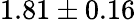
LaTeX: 1.81\pm 0.16